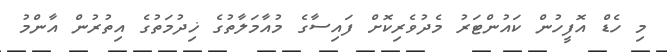
މި ހެޑް އޮފީހުން ކައުންޓަރު މެދުވެރިކޮށް ފައިސާގެ މުއާމަލާތުގެ ޚިދުމަތުގެ އިތުރުން އާންމު